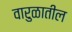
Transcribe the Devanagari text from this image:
वारुळातील